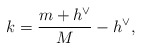
\begin{align*}k=\frac{m+h^\vee}{M}- h^\vee, \end{align*}